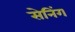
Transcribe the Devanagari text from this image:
सेनिंग